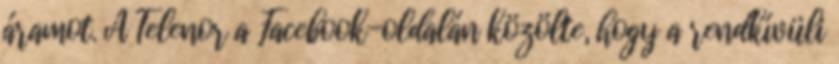
áramot. A Telenor a Facebook-oldalán közölte, hogy a rendkívüli